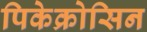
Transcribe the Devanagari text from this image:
पिकेक्रोसिन